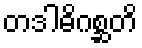
တဒါဓိဂစ္ဆတိ